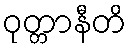
ဝုတ္တာနီတိ